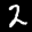
Label: 2